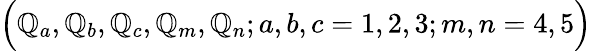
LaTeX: \Bigr(\mathbb{Q}_{a},\mathbb{Q}_{b},\mathbb{Q}_{c},\mathbb{Q}_{m},\mathbb{Q}_{n};a,b,c=1,2,3;m,n=4,5\Bigl)